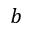
b